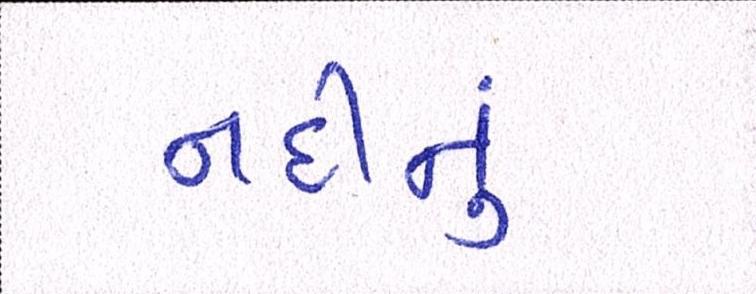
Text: નદીનું